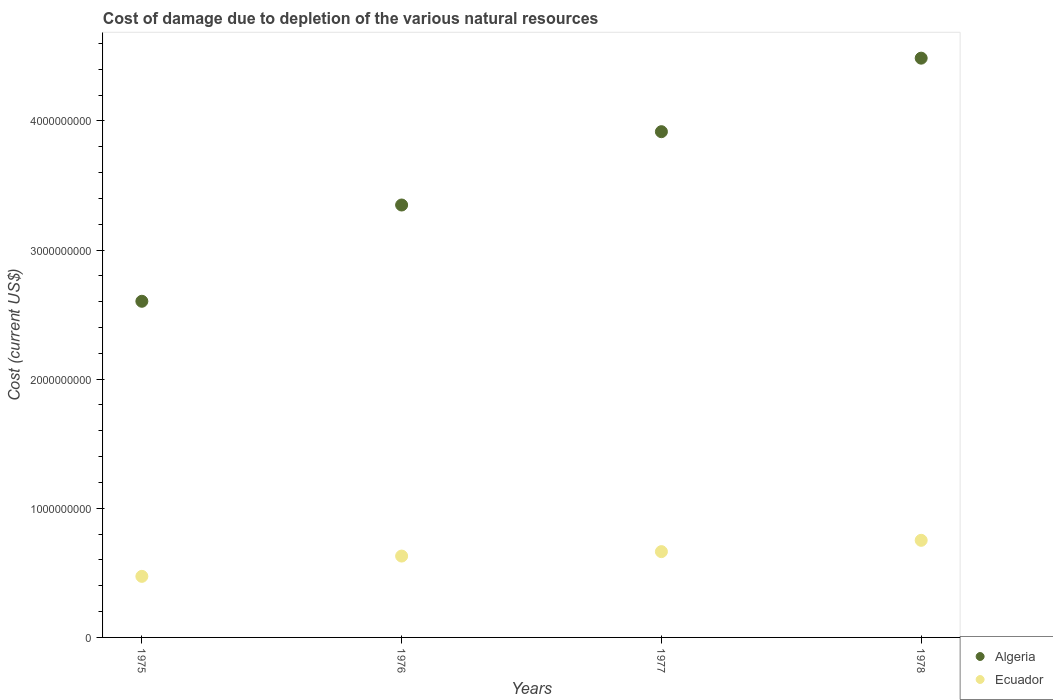
| Years | Algeria | Ecuador |
 | --- | --- | --- |
 | 1975 | 2.6e+09 | 4.73e+08 |
 | 1976 | 3.35e+09 | 6.3e+08 |
 | 1977 | 3.92e+09 | 6.64e+08 |
 | 1978 | 4.49e+09 | 7.52e+08 |